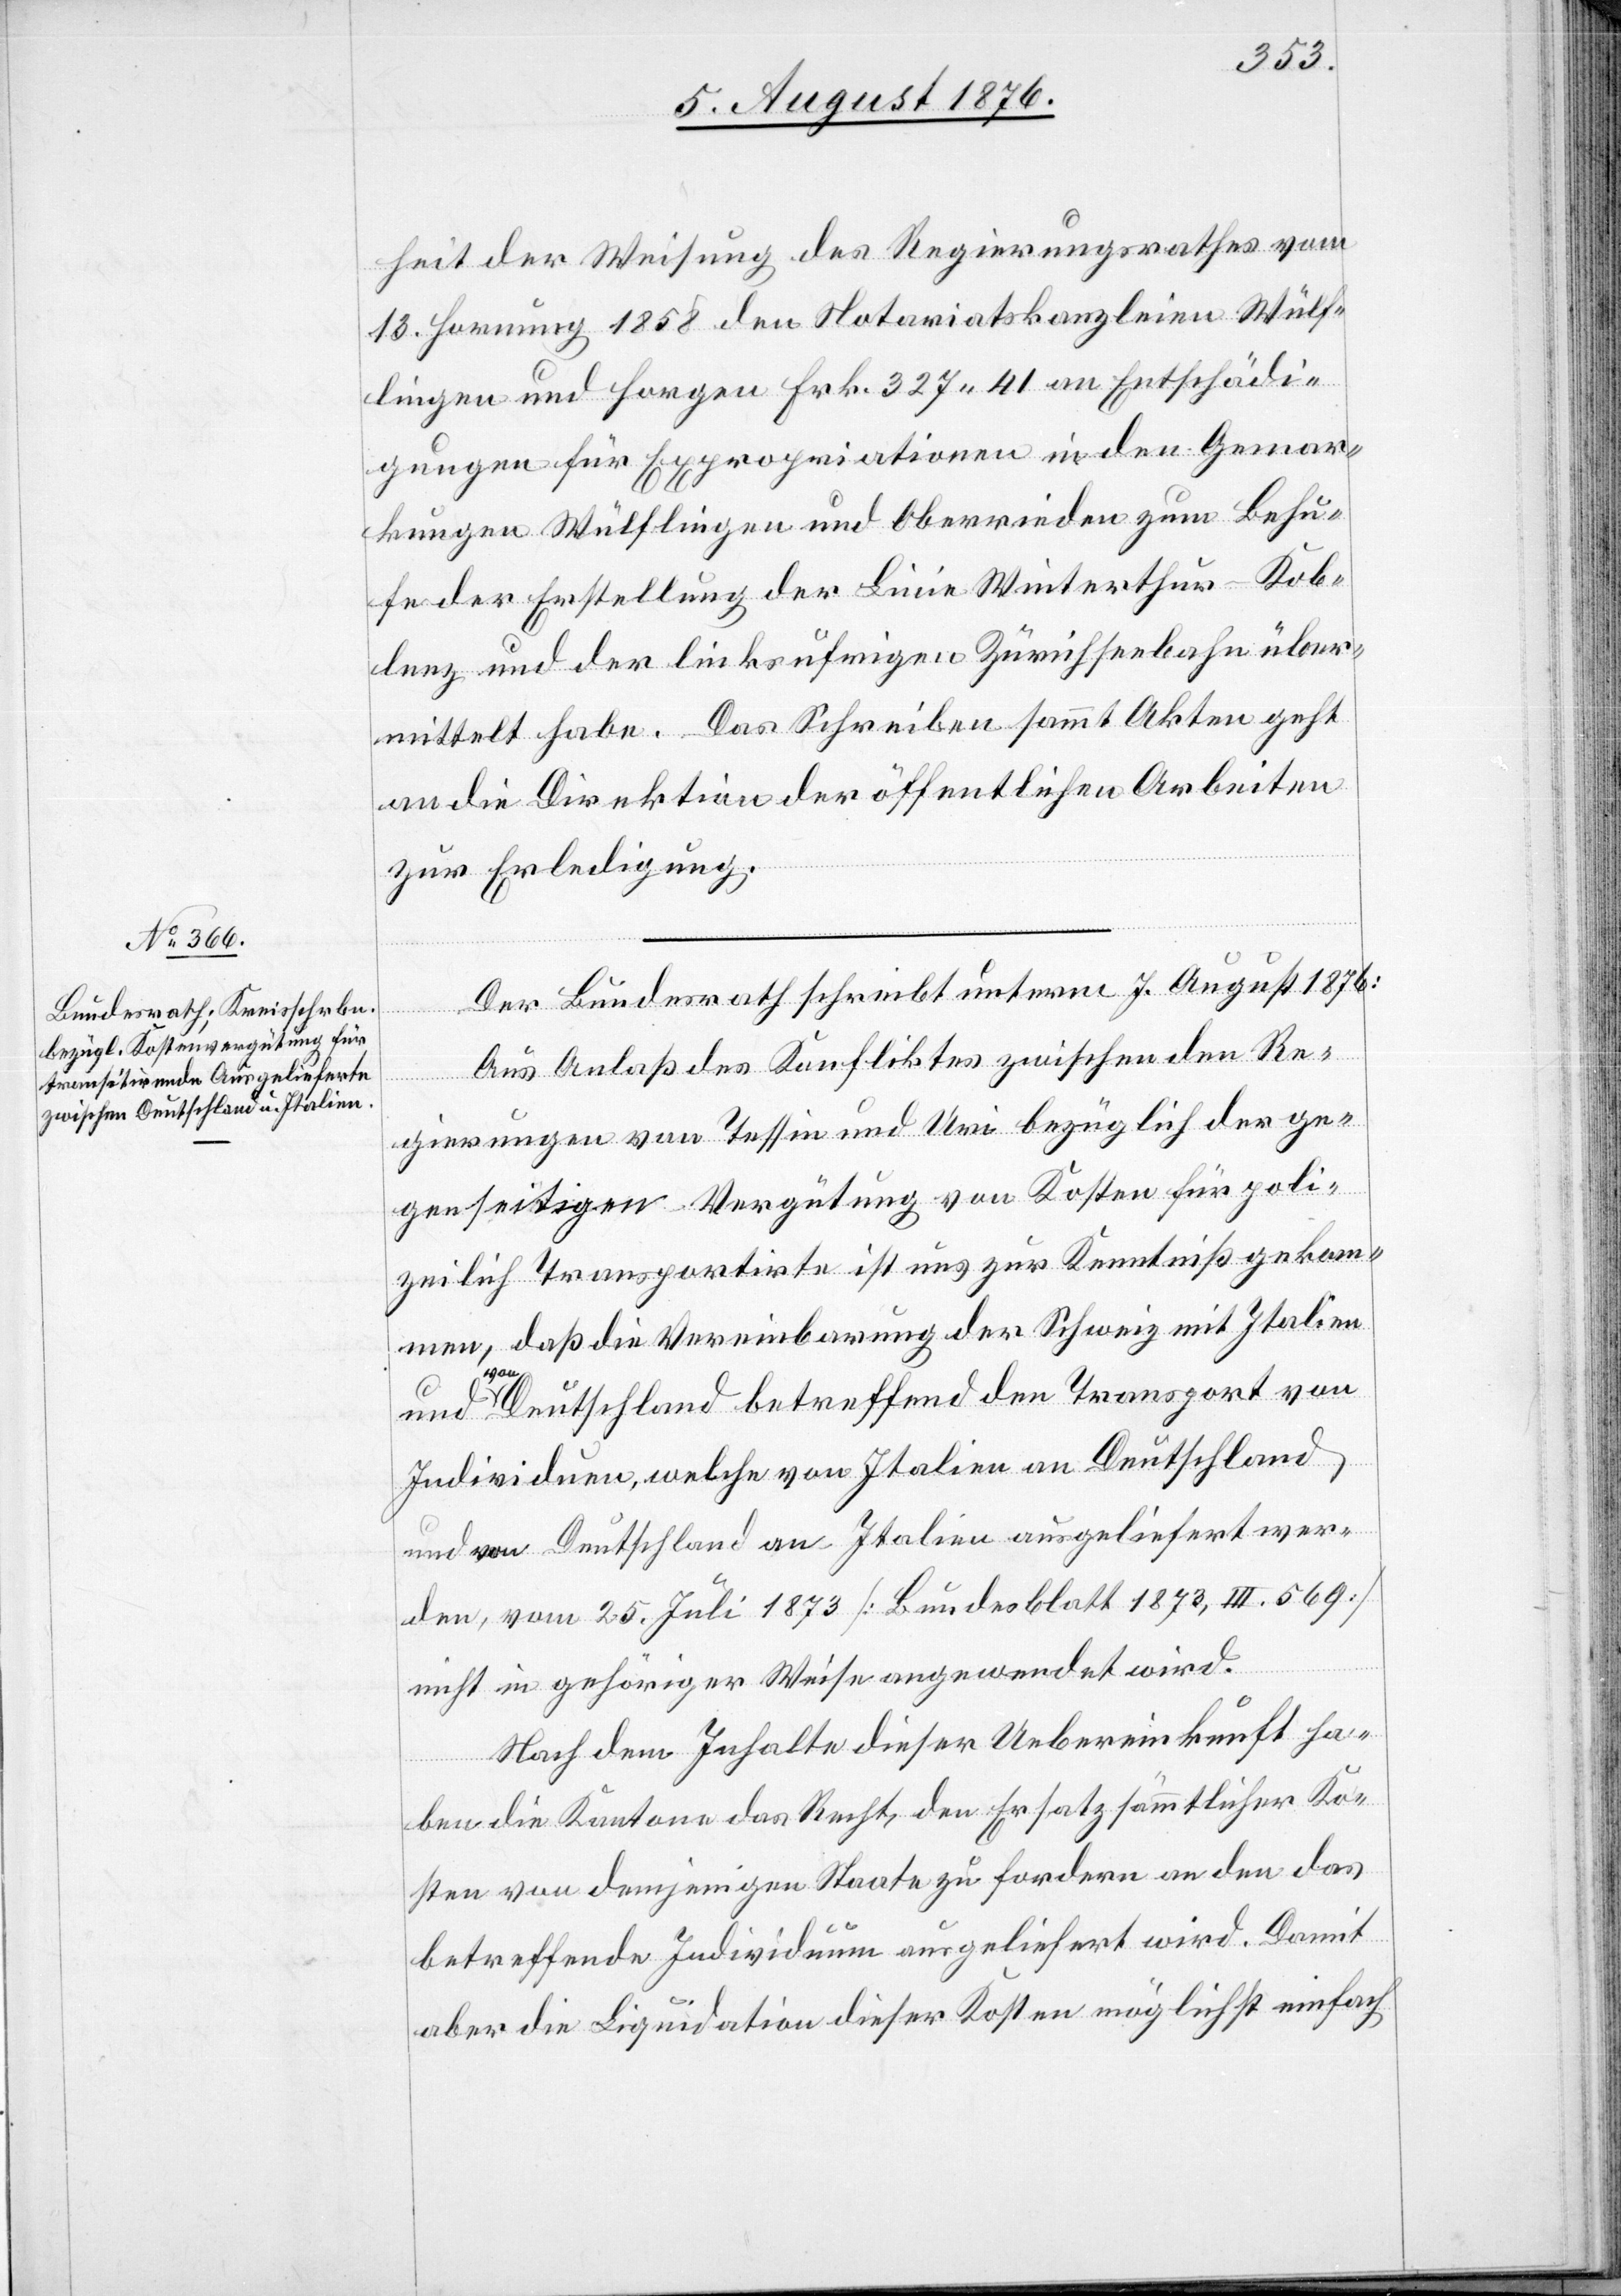
11. August 1876.]
heit der Weisung des Regierungsrathes vom
13. Hornung 1858 den Notariatskanzleien Wülf¬
lingen und Horgen Frk. 327 41 an Entschädi¬
gungen für Expropriationen in den Gemar¬
kungen Wülflingen und Oberrieden zum Behu¬
fe der Erstellung der Linie Winterthur–Kob¬
lenz und der linksufrigen Zürichseebahn über¬
mittelt habe. Das Schreiben sammt Akten geht
an die Direktion der öffentlichen Arbeiten
zur Erledigung.
Der Bundesrath schreibt unterm 7. August 1876:
fügungen
Aus Anlaß des Konfliktes zwischen den Re¬
gierungen von Tessin und Uri bezüglich der ge¬
genseitigen Vergütung von Kosten für poli¬
zeilich Transportirte ist uns zur Kenntnis gekom¬
men, daß die Vereinbarungen der Schweiz mit Italien
von
Deutschland betreffend den Transport von
Individuen, welche von Italien ausgeliefert
den, vom 25. Juli 1873 [Bundesblatt 1873, III. 569]
a
nicht in gehöriger Weise angewendet wird.
Nach dem Inhalte dieser Uebereinkunft ha¬
wer¬
ben die Kantone das Recht, den Ersatz sämmtlicher Ko¬
sten von demjenigen Staate zu fordern an den das
betreffende Individuum ausgeliefert wird. Damit
aber die Liquidation dieser Kosten möglichst einfach